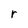
Character: r